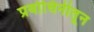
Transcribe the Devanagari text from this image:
प्रबोधिनीतून